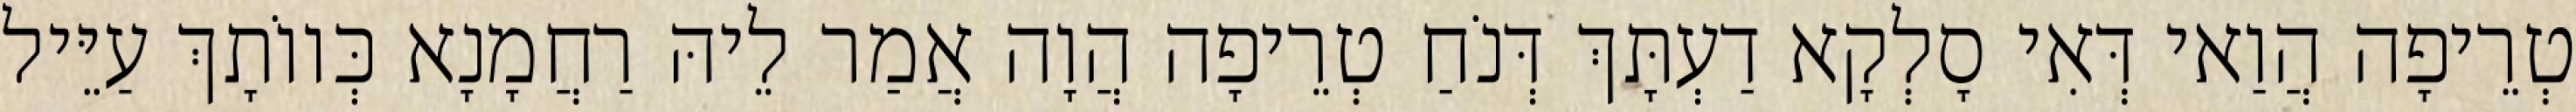
טְרֵיפָה הֲוַאי דְּאִי סָלְקָא דַעְתָּךְ דְּנֹחַ טְרֵיפָה הֲוָה אֲמַר לֵיהּ רַחֲמָנָא כְּווֹתָךְ עַיֵּיל